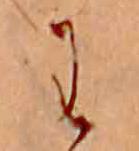
わ